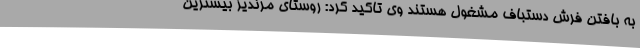
به بافتن فرش دستباف مشغول هستند وی تاکید کرد: روستای مرندیز بیشترین